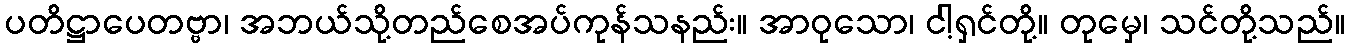
ပတိဋ္ဌာပေတဗ္ဗာ၊ အဘယ်သို့တည်စေအပ်ကုန်သနည်း။ အာဝုသော၊ ငါ့ရှင်တို့။ တုမှေ၊ သင်တို့သည်။